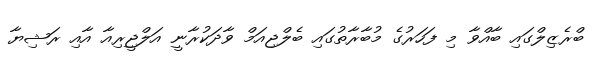
ބްރެޒިލްގައި ބާއްވާ މި ފަހަރުގެ މުބާރާތުގައި ބެލްޖިއަމް ވާދަކުރާނީ އަލްޖީރިއާ އާއި ރަޝިޔާ